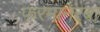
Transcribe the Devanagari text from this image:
फरमानरवा